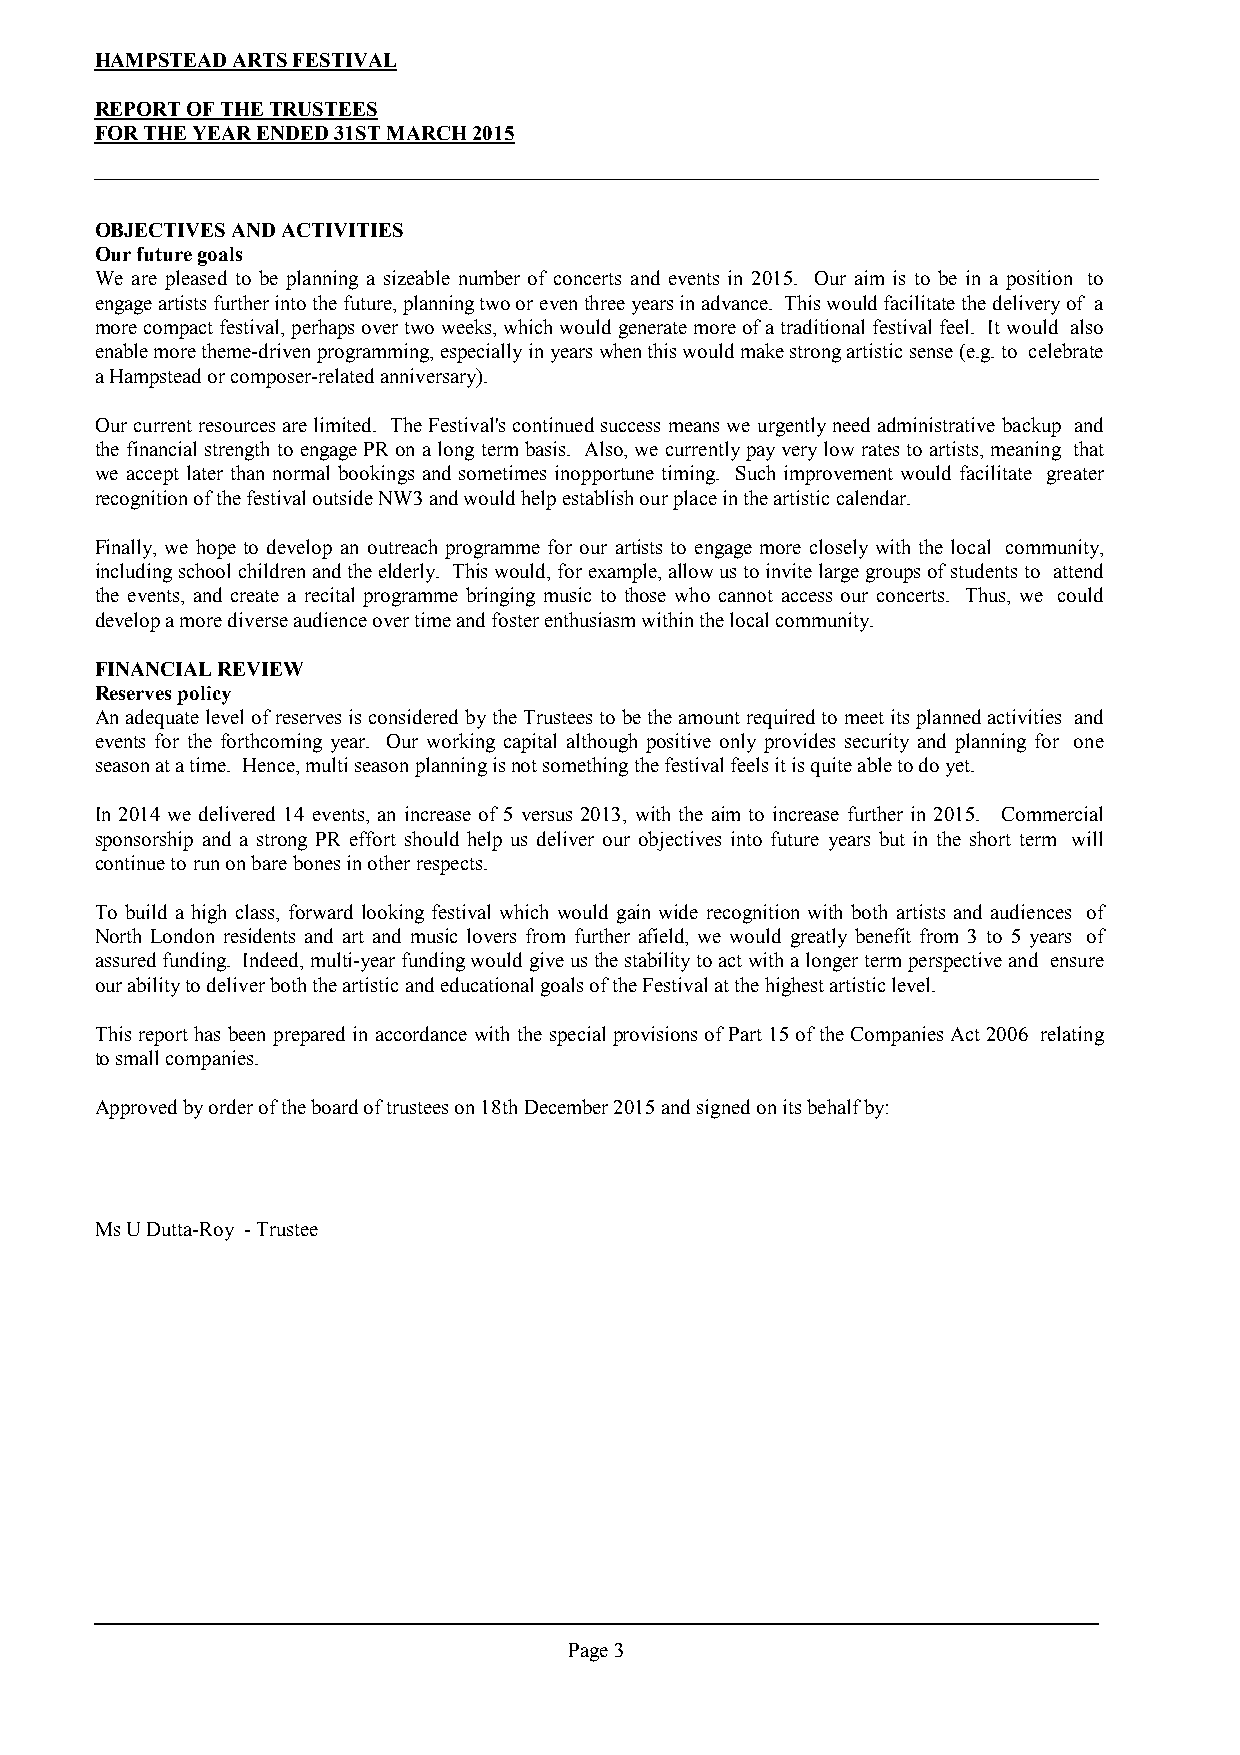
HAMPSTEAD ARTS FESTIVAL
 REPORT OF THE TRUSTEES
 FOR THE YEAR ENDED 31ST MARCH 2015
 OBJECTIVES AND ACTIVITIES
 Our future goals
 We are pleased to be planning a sizeable number of concerts and events in 2015. Our aim is to be in a position to
 engageartistsfurtherintothefuture,planningtwooreventhreeyearsinadvance. Thiswouldfacilitatethedeliveryof a
 morecompactfestival,perhapsovertwoweeks,whichwouldgeneratemoreofatraditionalfestivalfeel. Itwould also
 enablemoretheme-drivenprogramming,especiallyinyearswhenthiswouldmakestrongartisticsense(e.g.to celebrate
 a Hampstead or composer-related anniversary).
 Our currentresourcesare limited. TheFestival'scontinuedsuccess meanswe urgentlyneed administrative backup and
 the financialstrengthto engagePRona longtermbasis. Also, we currentlypayverylowratesto artists,meaning that
 we accept later than normal bookings and sometimes inopportune timing. Such improvement would facilitate greater
 recognition of the festival outside NW3 and would help establish our place in the artistic calendar.
 Finally, we hope to develop an outreach programme for our artists to engage more closely with the local community,
 includingschoolchildrenandtheelderly. Thiswould,forexample,allowustoinvitelargegroupsofstudentsto attend
 the events, and create a recital programme bringing music to those who cannot access our concerts. Thus, we could
 develop a more diverse audience over time and foster enthusiasm within the local community.
 FINANCIAL REVIEW
 Reserves policy
 Anadequatelevelofreservesisconsidered bytheTrusteesto betheamountrequiredtomeetitsplannedactivities and
 events for the forthcoming year. Our working capital although positive only provides security and planning for one
 season at a time. Hence, multi season planning is not something the festival feels it is quite able to do yet.
 In 2014 we delivered 14 events, an increase of 5 versus 2013, with the aim to increase further in 2015. Commercial
 sponsorship and a strong PR effort should help us deliver our objectives into future years but in the short term will
 continue to run on bare bones in other respects.
 To build a high class, forward looking festival which would gain wide recognition with both artists and audiences of
 North London residents and art and music lovers from further afield, we would greatly benefit from 3 to 5 years of
 assuredfunding. Indeed,multi-yearfundingwouldgiveusthestabilitytoactwithalongertermperspectiveand ensure
 our ability to deliver both the artistic and educational goals of the Festival at the highest artistic level.
 Thisreporthasbeenprepared inaccordance withthe specialprovisionsofPart15 of theCompaniesAct2006 relating
 to small companies.
 Approved by order of the board of trustees on 18th December 2015 and signed on its behalf by:
 Ms U Dutta-Roy - Trustee
 Page 3